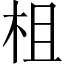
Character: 柤